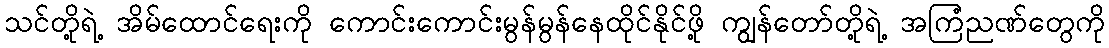
သင်တို့ရဲ့ အိမ်ထောင်ရေးကို ကောင်းကောင်းမွန်မွန်နေထိုင်နိုင်ဖို့ ကျွန်တော်တို့ရဲ့ အကြံညဏ်တွေကို